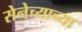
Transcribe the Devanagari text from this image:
सेनेच्याच्या